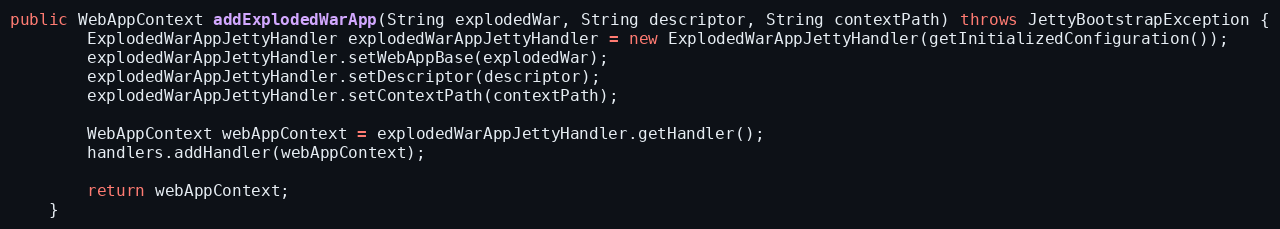
Language: Java
public WebAppContext addExplodedWarApp(String explodedWar, String descriptor, String contextPath) throws JettyBootstrapException {
        ExplodedWarAppJettyHandler explodedWarAppJettyHandler = new ExplodedWarAppJettyHandler(getInitializedConfiguration());
        explodedWarAppJettyHandler.setWebAppBase(explodedWar);
        explodedWarAppJettyHandler.setDescriptor(descriptor);
        explodedWarAppJettyHandler.setContextPath(contextPath);

        WebAppContext webAppContext = explodedWarAppJettyHandler.getHandler();
        handlers.addHandler(webAppContext);

        return webAppContext;
    }